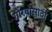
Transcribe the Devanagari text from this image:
गौरवासाठी